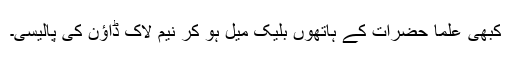
کبھی علما حضرات کے ہاتھوں بلیک میل ہو کر نیم لاک ڈاؤن کی پالیسی۔